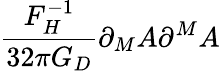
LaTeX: \frac{F_{H}^{-1}}{32\pi G_{D}}\partial_{M}A\partial^{M}A